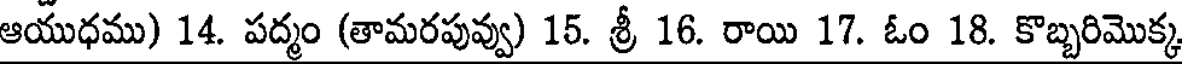
ఆయుధము) 14. పద్మం (తామరపువ్వు) 15. శ్రీ 16. రాయి 17. ఓం 18. కొబ్బరిమొక్క